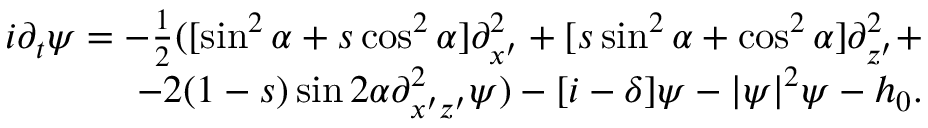
\begin{array} { r l r } & { } & { i \partial _ { t } \psi = - \frac { 1 } { 2 } ( [ \sin ^ { 2 } \alpha + s \cos ^ { 2 } \alpha ] \partial _ { x ^ { \prime } } ^ { 2 } + [ s \sin ^ { 2 } \alpha + \cos ^ { 2 } \alpha ] \partial _ { z ^ { \prime } } ^ { 2 } + } \\ & { } & { - 2 ( 1 - s ) \sin 2 \alpha \partial _ { x ^ { \prime } z ^ { \prime } } ^ { 2 } \psi ) - [ i - \delta ] \psi - | \psi | ^ { 2 } \psi - h _ { 0 } . } \end{array}